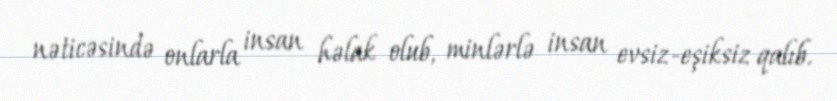
nəticəsində onlarla insan həlak olub, minlərlə insan evsiz-eşiksiz qalıb.